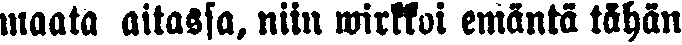
maata aitassa, niin wirkkoi emäntä tähän